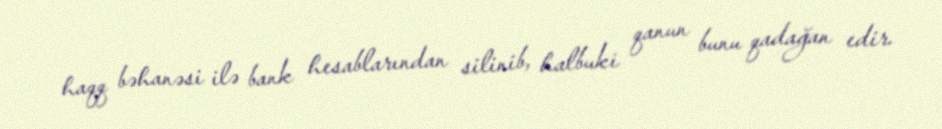
haqq bəhanəsi ilə bank hesablarından silinib, halbuki qanun bunu qadağan edir.